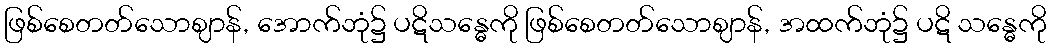
ဖြစ်စေတတ်သောဈာန်, အောက်ဘုံ၌ ပဋိသန္ဓေကို ဖြစ်စေတတ်သောဈာန်, အထက်ဘုံ၌ ပဋိ သန္ဓေကို